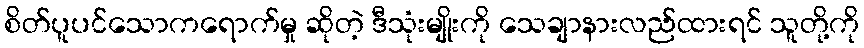
စိတ်ပူပင်သောကရောက်မှု ဆိုတဲ့ ဒီသုံးမျိုးကို သေချာနားလည်ထားရင် သူတို့ကို